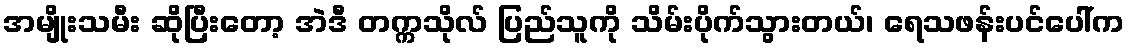
အမျိုးသမီး ဆိုပြီးတော့ အဲဒီ တက္ကသိုလ် ပြည်သူကို သိမ်းပိုက်သွားတယ်၊ ရေသဖန်းပင်ပေါ်က